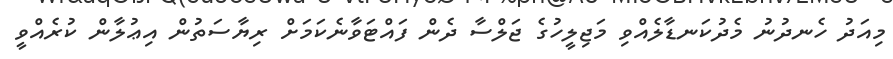
މިއަދު ހެނދުނު މެދުކަނޑާލެއްވި މަޖިލީހުގެ ޖަލްސާ ދެން ފައްޓަވާނެކަމަށް ރިޔާސަތުން އިޢުލާން ކުރެއްވީ